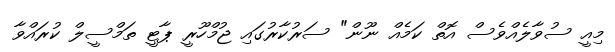
މިއީ ސުވާލެއްވެސް އޮތް ކަމެއް ނޫން" ސަރުކާރުގައި ޖުމްހޫރީ ޕާޓީ ތަމްސީލް ކުރައްވާ